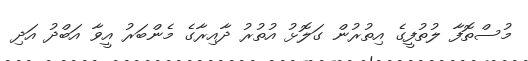
މުސްތޮފާ ލުތުފީގެ އިތުރުން ގަލޮޅު އުތުރު ދާއިރާގެ މެންބަރު އީވާ އަބްދު އަދި